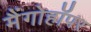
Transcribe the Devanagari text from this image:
मैंगोहॉपर